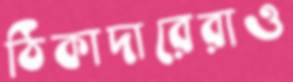
ঠিকাদারেরাও